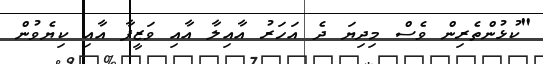
"ކުޅުންތެރިން ވެސް މިދިޔަ ދެ އަހަރު އާއިލާ އާއި ވަޒީފާ އާއި ކިޔެވުން